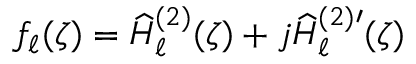
f _ { \ell } ( \zeta ) = \widehat { H } _ { \ell } ^ { ( 2 ) } ( \zeta ) + j \widehat { H } _ { \ell } ^ { ( 2 ) \prime } ( \zeta )